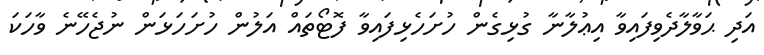
އަދި ޙަވާލާދެވިފައިވާ އިޢުލާނާ ގުޅިގެން ހުށަހެޅިފައިވާ ފޮޓޯތައް އަލުން ހުށަހަޅަން ނުޖެހޭނެ ވާހަކަ